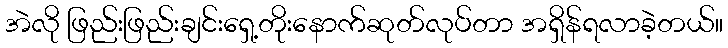
အဲလို ဖြည်းဖြည်းချင်းရှေ့တိုးနောက်ဆုတ်လုပ်တာ အရှိန်ရလာခဲ့တယ်။